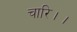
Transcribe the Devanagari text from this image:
चारि।।